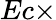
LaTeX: Ec\times